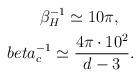
LaTeX: \begin{align*}\beta_H^{-1} \simeq 10 \pi, \ \ \ \\beta_c^{-1} \simeq \frac{4\pi \cdot 10^2}{d-3}.\end{align*}